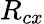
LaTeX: R_{cx}